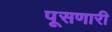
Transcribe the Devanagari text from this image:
पूसणारी